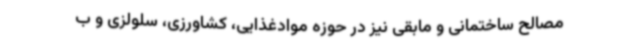
مصالح ساختمانی و مابقی نیز در حوزه موادغذایی، کشاورزی، سلولزی و ب